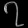
Digit: ၇